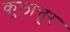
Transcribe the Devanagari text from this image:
कुलात्तुर